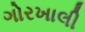
ગોરખાલી